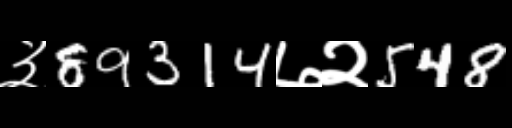
Text: ३89314७२548